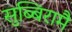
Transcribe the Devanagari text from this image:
सुब्बिरामै